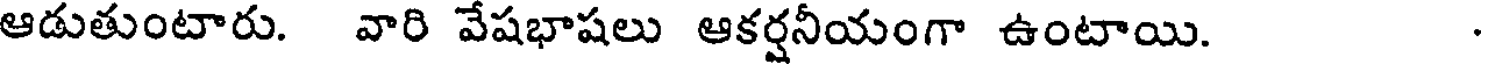
ఆడుతుంటారు. వారి వేషభాషలు ఆకర్షనీయంగా ఉంటాయి.